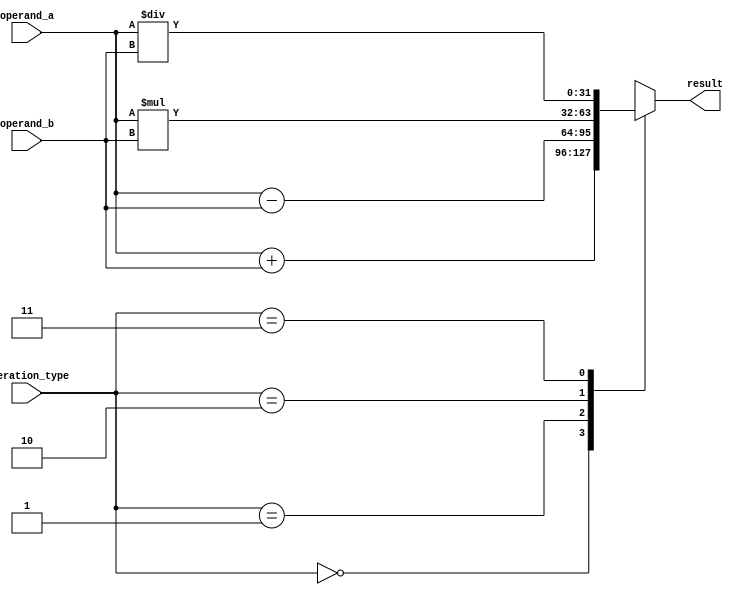
module floating_point_unit (
    input [31:0] operand_a,
    input [31:0] operand_b,
    input [1:0] operation_type,
    output reg [31:0] result
);

always @(*) begin
    case (operation_type)
        2'b00: result = operand_a + operand_b; // Addition
        2'b01: result = operand_a - operand_b; // Subtraction
        2'b10: result = operand_a * operand_b; // Multiplication
        2'b11: result = operand_a / operand_b; // Division
    endcase
end

endmodule